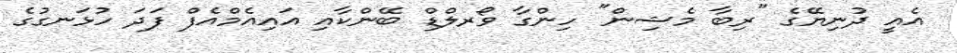
އެއީ ދުނިޔޭގެ "ރިބާ މެޝިން" ހިންގާ ވޯރލްޑް ބޭންކާއި އައިއެމްއެފް ފަދަ ހުޅަނގުގެ